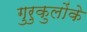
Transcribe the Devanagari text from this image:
गुरुकुलोंके